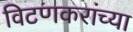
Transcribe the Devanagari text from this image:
विटणकरांच्या